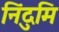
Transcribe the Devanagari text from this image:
निंदुमि